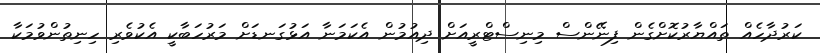
ކަރުދާހެއް ތައްޔާރުކޮށްގެން ފިނޭންސް މިނިސްޓްރީއަށް ދިއުމުން އެކަމަނާ އަޅުގަނޑަށް މަރުހަބާކީ އެކުވެރި ހިނިތުންވުމަކާ